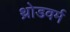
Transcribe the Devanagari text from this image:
थ्रोडवर्म